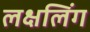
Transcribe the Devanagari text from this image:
लक्षलिंग